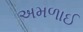
અમળાઈ